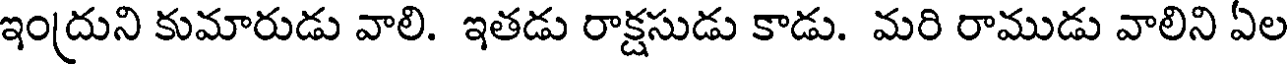
ఇంద్రుని కుమారుడు వాలి. ఇతడు రాక్షసుడు కాడు. మరి రాముడు వాలిని ఏల